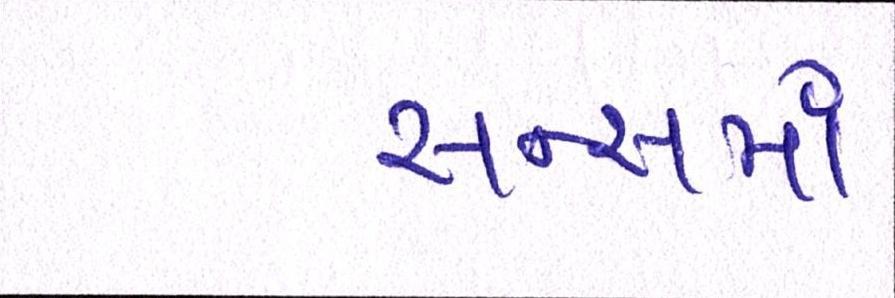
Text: સન્સમાં